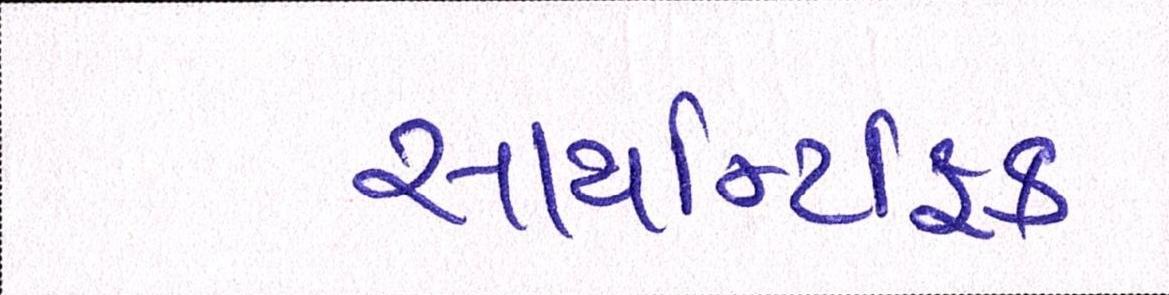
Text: સાયન્ટિફિક